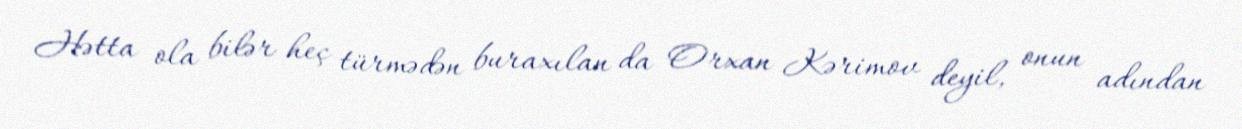
Hətta ola bilər heç türmədən buraxılan da Orxan Kərimov deyil, onun adından